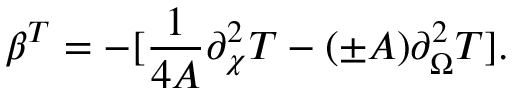
\beta ^ { T } = - [ { \frac { 1 } { 4 A } } \partial _ { \chi } ^ { 2 } T - ( \pm A ) \partial _ { \Omega } ^ { 2 } T ] .